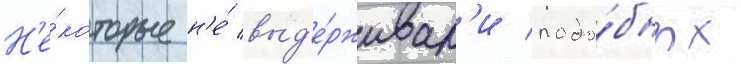
Н'е́которые н'е́ выд'е́рживал'и подо́бных